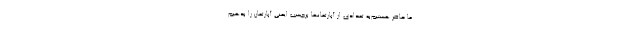
ما حاضر هستیم‌به تعدادی از آپارتمانها برچسب ایمنی آپارتمان را بدهیم